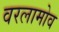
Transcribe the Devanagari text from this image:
वरलामोव